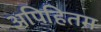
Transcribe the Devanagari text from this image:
अपिहितम